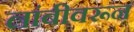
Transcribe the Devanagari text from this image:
लांबीवरून